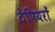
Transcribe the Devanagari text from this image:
टेपियरों